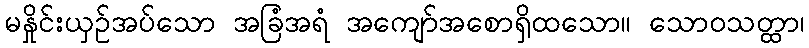
မနှိုင်းယှဉ်အပ်သော အခြံအရံ အကျော်အစောရှိထသော။ သောဝသတ္ထာ၊